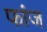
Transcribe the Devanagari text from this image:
फांज